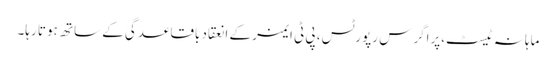
ماہانہ ٹیسٹ،پراگرس رپورٹس، پی ٹی ایمز کے انعقاد باقاعدگی کے ساتھ ہوتا رہا۔